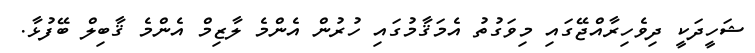
ޝަހީދަކީ ދިވެހިރާއްޖޭގައި މިވަގުތު އެމަޤާމުގައި ހުރުން އެންމެ ލާޒިމް އެންމެ ޤާބިލް ބޭފުޅާ.